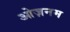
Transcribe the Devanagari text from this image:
ओज़नम